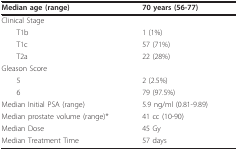
| Median age (range) | 70 years (56-77) |
 | --- | --- |
 | Clinical Stage |  |
 | T1b | 1 (1%) |
 | T1c | 57 (71%) |
 | T2a | 22 (28%) |
 | Gleason Score |  |
 | 5 | 2 (2.5%) |
 | 6 | 79 (97.5%) |
 | Median Initial PSA (range) | 5.9 ng/ml (0.81-9.89) |
 | Median prostate volume (range)* | 41 cc (10-90) |
 | Median Dose | 45 Gy |
 | Median Treatment Time | 57 days |